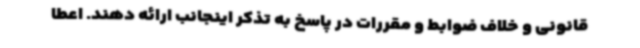
قانونی و خلاف ضوابط و مقررات در پاسخ به تذکر اینجانب ارائه دهند. اعطا